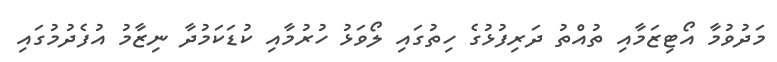
މަދުވުމާ އޯޓިޒަމާއި ތުއްތު ދަރިފުޅުގެ ހިތުގައި ލޯވަޅު ހުރުމާއި ކުޑަކަމުދާ ނިޒާމު އުފެދުމުގައި